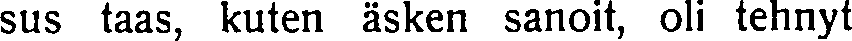
sus taas, kuten äsken sanoit, oli tehnyt